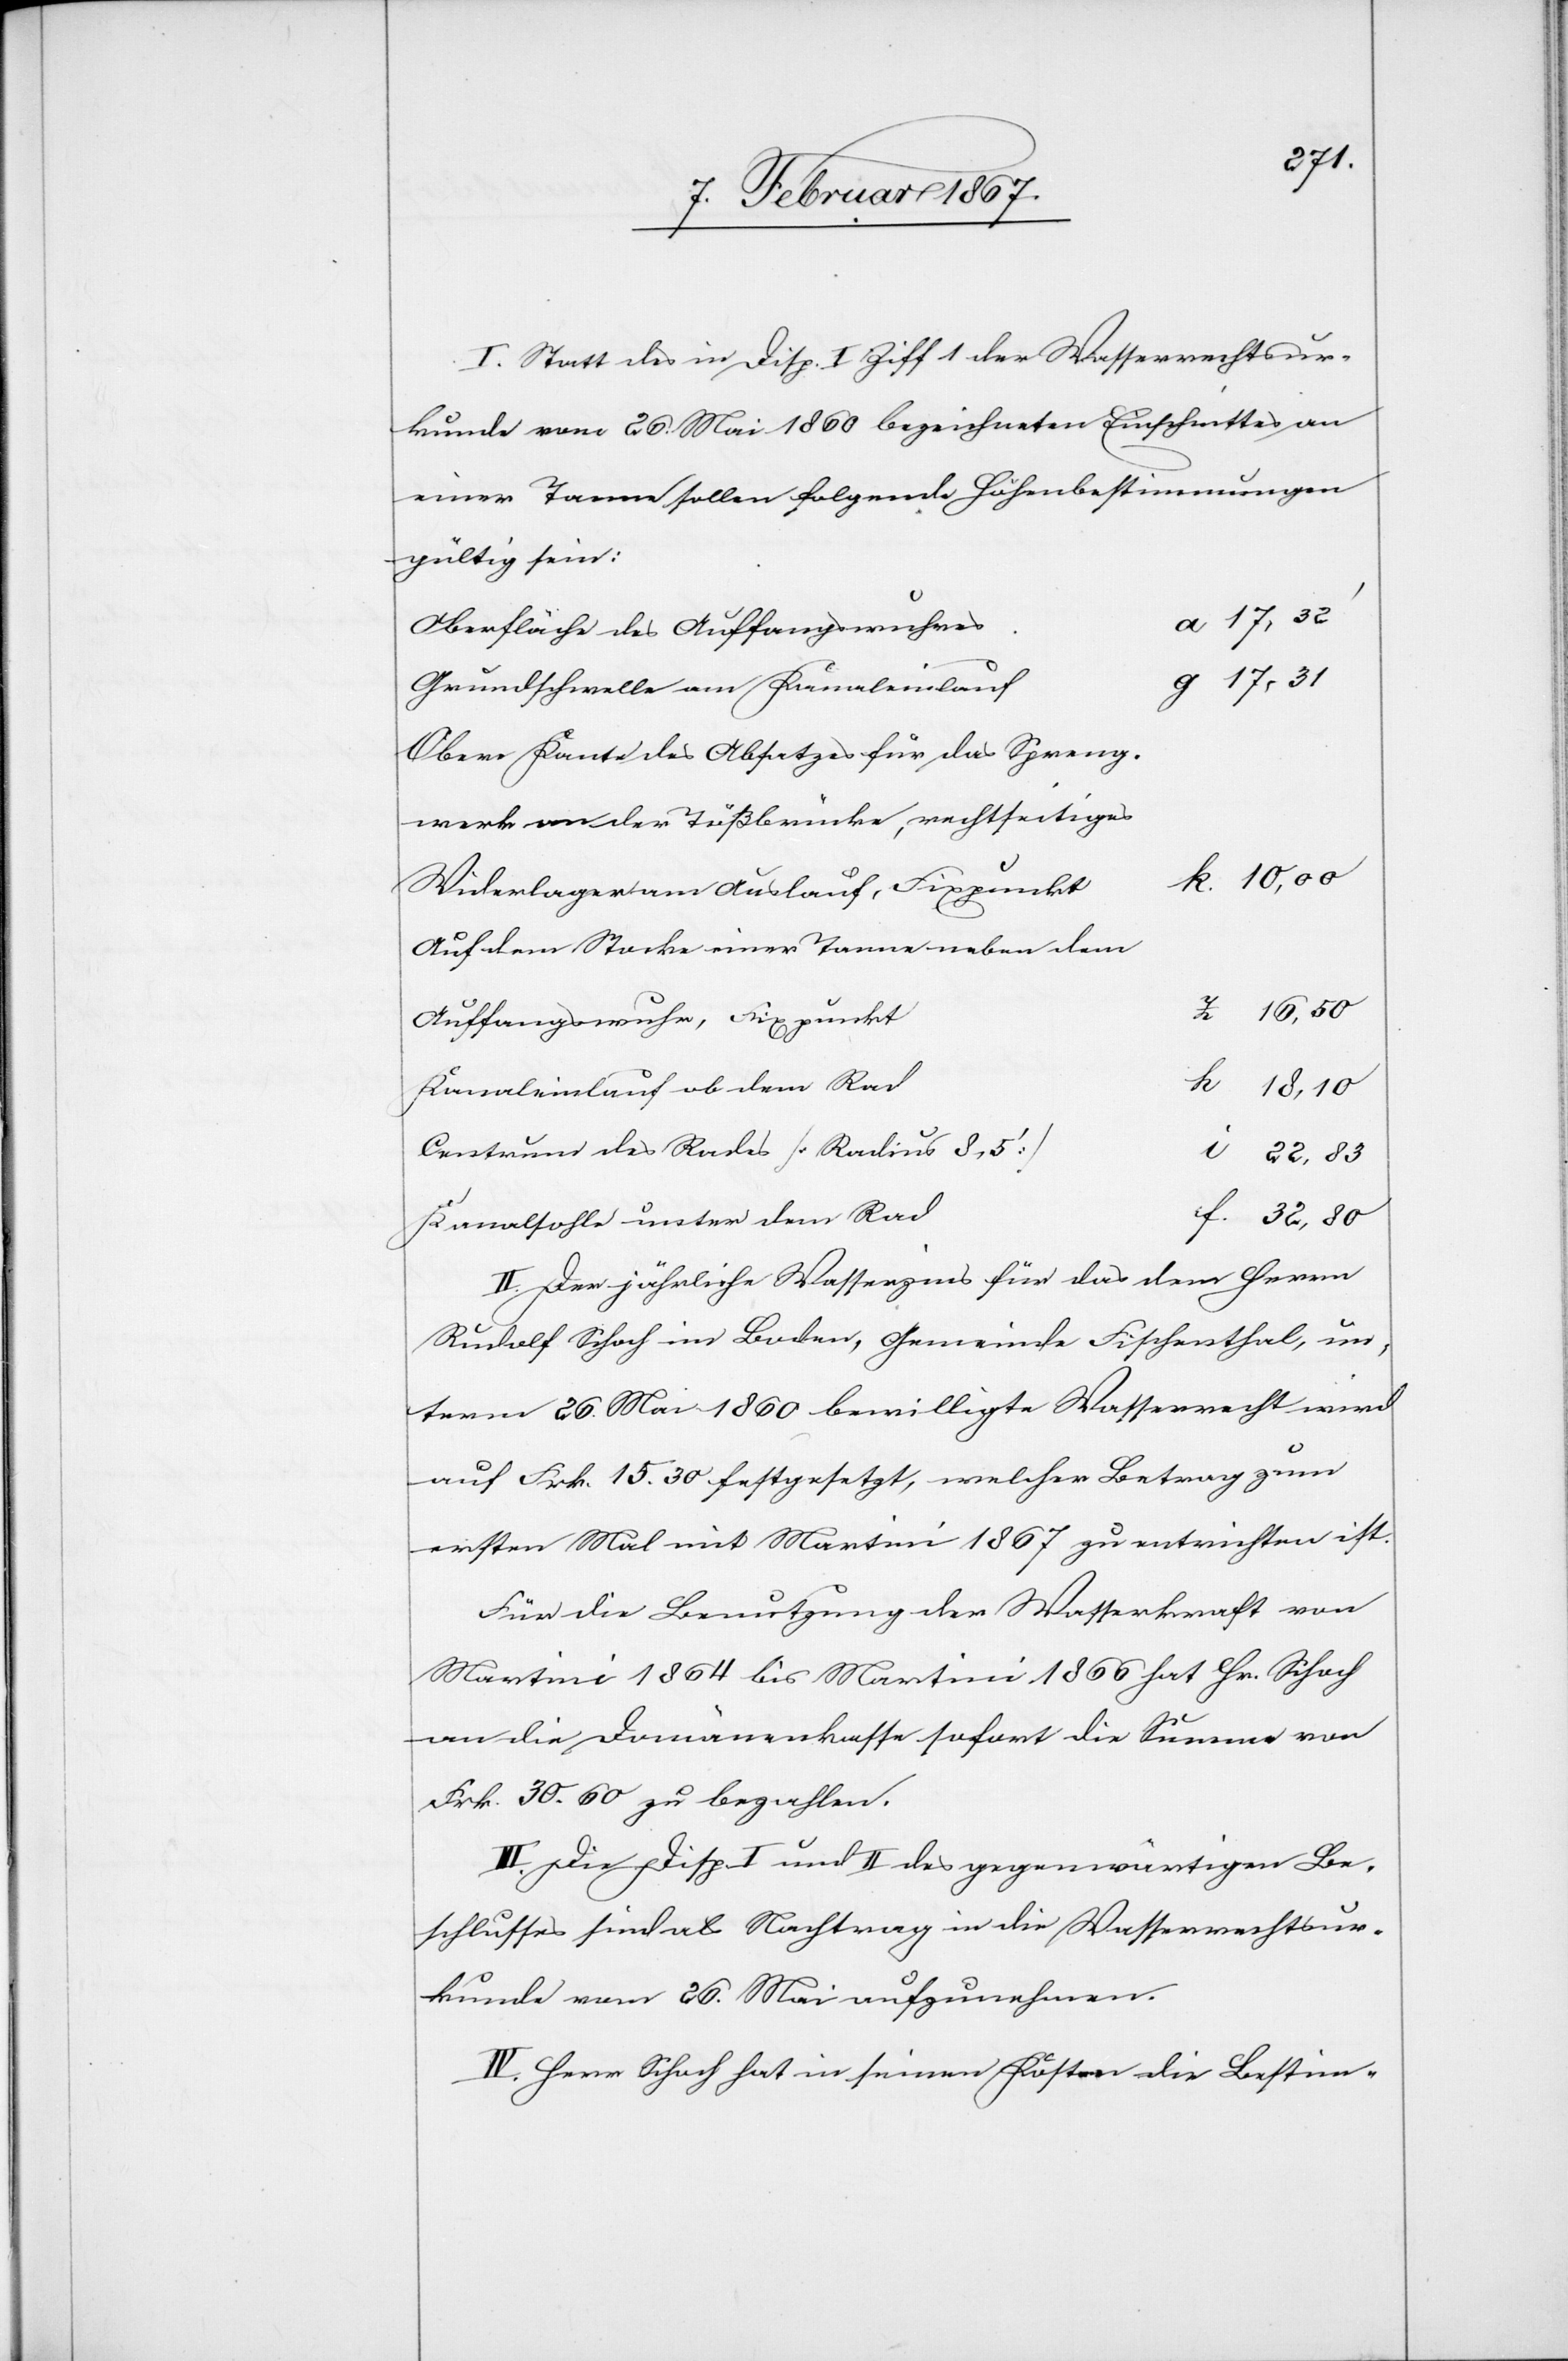
werk
I. Statt des in Disp. I Ziff 1 der Wasserrechtsur¬
kunde vom 26. Mai 1860 bezeichneten Einschnittes an
einer Tanne sollen folgende Höhenbestimmungen
gültig sein:
Obere Kante des Absatzes für das Spreng¬
t						k.
Widerlager am Auslauf, Fixpunk¬
Auf dem Stocke einer Tanne neben dem
Auffangswuhr, Fixpunkt		l
Kanaleinlauf ob dem
Centrum des Rades [Radius
Kanalsohle unter dem
II. Der jährliche Wasserzins für das dem Herrn
Rudolf Schoch im Boden, Gemeinde Fischenthal, un¬
term 26. Mai 1860 bewilligte Wasserrecht wird
auf Frk. 15.30 festgesetzt, welcher Betrag zum
ersten mal mit Martini 1867 zu entrichten ist.
Für die Benutzung der Wasserkraft von
Martini 1864 bis Martini 1866 hat Hr. Schoch
an die Domänenkasse sofort die Summe von
Frk. 30.60 zu bezahlen.
III. Die Disp I und II des gegenwärtigen Be¬
schlusses sind als Nachtrag in die Wasserrechtsur¬
kunde vom 26. Mai aufzunehmen.
IV. Herr Schoch hat in seinen Kosten die Bestim-